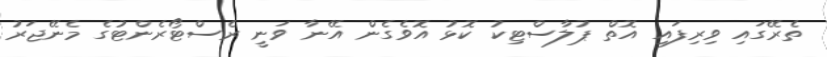
ތެރޭގައި ވިރިފައި އޮތް ޕުލާސްޓިކު ކޮޅު އޮވެގެން އޭނާ ވަނީ ރެސްޓޯރެންޓުގެ މެނޭޖަރު